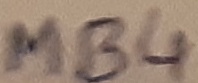
Text: MB4